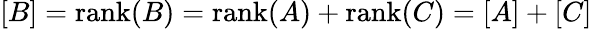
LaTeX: [B]=\operatorname{rank}(B)=\operatorname{rank}(A)+\operatorname{rank}(C)=[A]+[C]